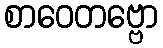
စာဝေတဗ္ဗော